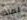
لماذا